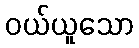
ဝယ်ယူသော